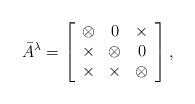
LaTeX: \begin{align*}\bar A^{\lambda}=\left[\begin{array}{ccc}\otimes & 0 & \times\\\times & \otimes & 0\\\times &\times & \otimes\end{array}\right],\end{align*}